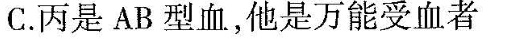
C.丙是AB型血，他是万能受血者